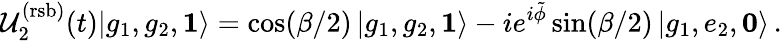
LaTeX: \mathcal{U}_{2}^{\mathrm{(rsb)}}(t)|g_{1},g_{2},\boldsymbol{1}\rangle=\cos(\beta/2)\left|g_{1},g_{2},\boldsymbol{1}\right\rangle-ie^{i\tilde{\phi}}\sin(\beta/2)\left|g_{1},e_{2},\boldsymbol{0}\right\rangle\, .